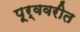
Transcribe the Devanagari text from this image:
पूर्ववरीत